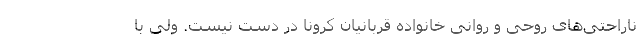
ناراحتی‌های روحی و روانی خانواده قربانیان کرونا در دست نیست. ولی با